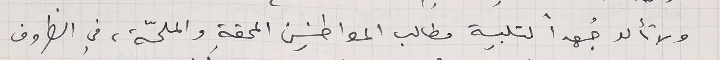
ولا تألو جُهداً لتلبية مطالب المواطنين المحقة والملحّة، في الظروف